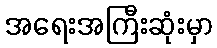
အရေးအကြီးဆုံးမှာ